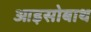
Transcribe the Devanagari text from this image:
आइसोबाथ